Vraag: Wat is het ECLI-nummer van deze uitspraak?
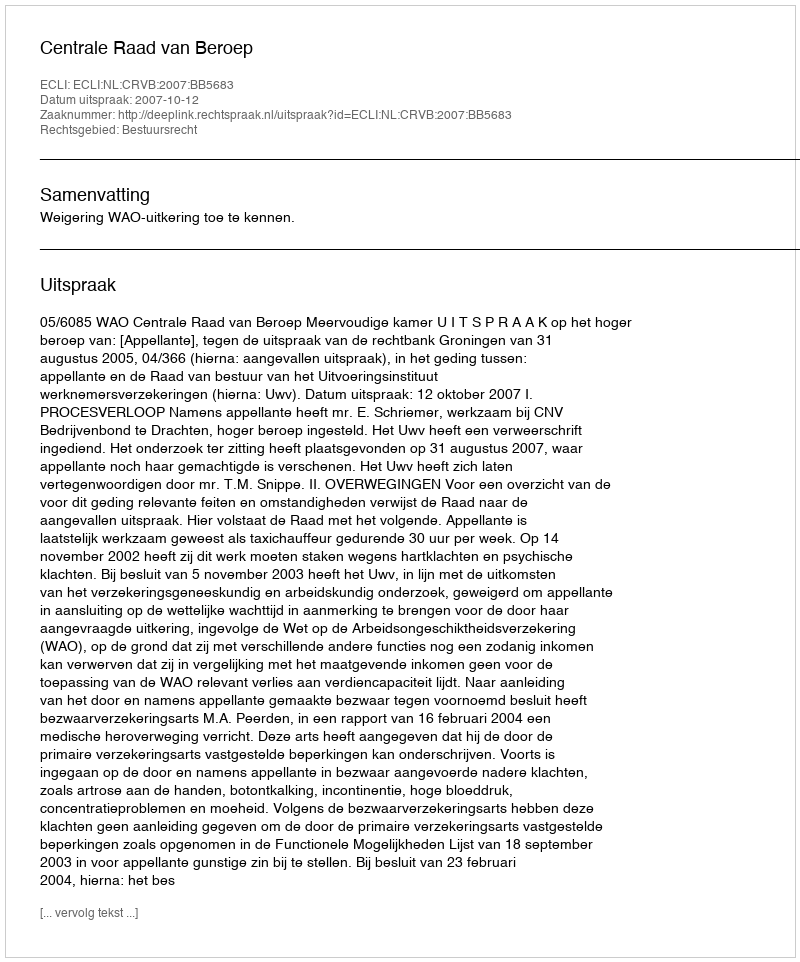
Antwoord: ECLI:NL:CRVB:2007:BB5683